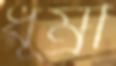
ধূম্রী